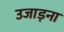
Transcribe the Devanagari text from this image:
उजाड़ना